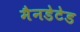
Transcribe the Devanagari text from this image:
मैनडेटेड